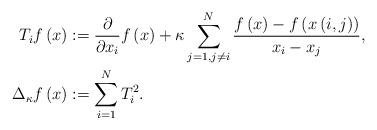
LaTeX: \begin{align*}T_{i}f\left( x\right) & :=\frac{\partial}{\partial x_{i}}f\left(x\right) +\kappa\sum_{j=1,j\neq i}^{N}\frac{f\left( x\right) -f\left(x\left( i,j\right) \right) }{x_{i}-x_{j}},\\\Delta_{\kappa}f\left( x\right) & :=\sum_{i=1}^{N}T_{i}^{2}.\end{align*}